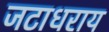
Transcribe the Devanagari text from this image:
जटाधराय